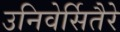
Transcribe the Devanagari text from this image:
उनिवेर्सितैरे